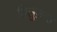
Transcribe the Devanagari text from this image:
डिलुज़न्स